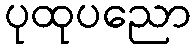
ပုထုပညော